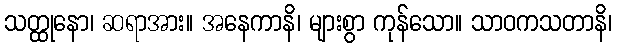
သတ္ထုနော၊ ဆရာအား။ အနေကာနိ၊ များစွာ ကုန်သော။ သာဝကသတာနိ၊